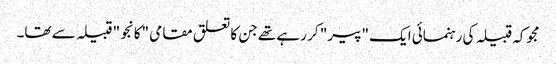
مجوکہ قبیلہ کی رہنمائی ایک "پیر" کر رہے تھے جن کا تعلق مقامی "کانجو" قبیلہ سے تھا۔